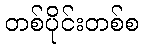
တစ်ပိုင်းတစ်စ